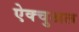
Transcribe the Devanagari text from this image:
ऐक्चुअल